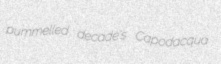
pummelled decade's Capodacqua